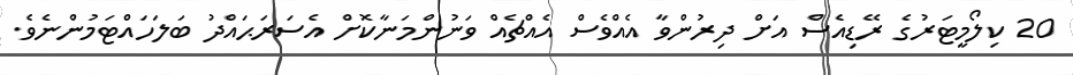
20 ކިލޯމީޓަރުގެ ރޭޑިއެސް އަށް ދިރުންވާ އެއްވެސް އެއްޗެއް ވަނުންމަނާކޮށް އެސަރަޙައްދު ބަލަހައްޓަމުންނެވެ.